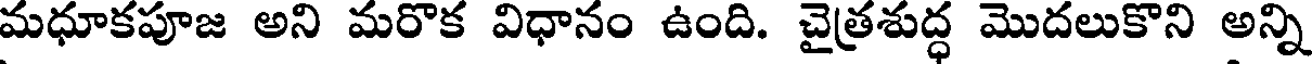
మధూకపూజ అని మరొక విధానం ఉంది. చైత్రశుద్ధ మొదలుకొని అన్ని